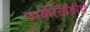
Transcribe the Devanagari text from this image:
नाकेखिंडीचे